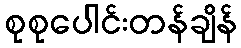
စုစုပေါင်းတန်ချိန်